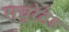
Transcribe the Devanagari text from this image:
सचुरेटेड